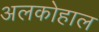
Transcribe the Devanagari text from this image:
अलकोहाल